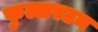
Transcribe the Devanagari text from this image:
फुल्लरटन